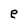
Character: e